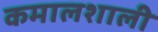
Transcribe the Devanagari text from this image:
कमालशाली